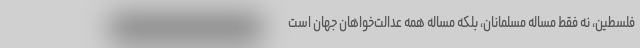
فلسطین، نه فقط مساله مسلمانان، بلکه مساله همه عدالت‌خواهان جهان است